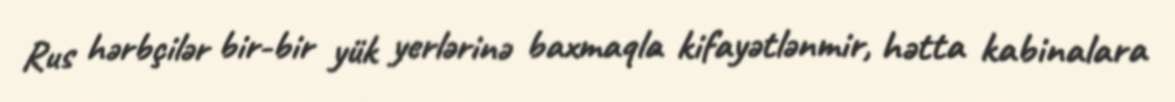
Rus hərbçilər bir-bir yük yerlərinə baxmaqla kifayətlənmir, hətta kabinalara